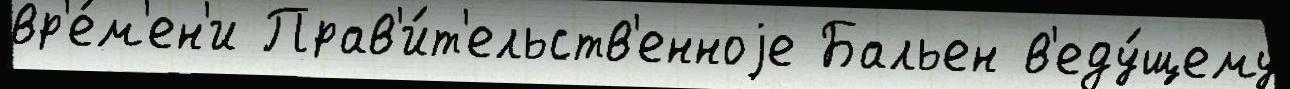
вр'е́м'ен'и Прав'и́т'ельств'енноjе Бальен в'еду́щему